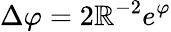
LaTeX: \Delta\varphi=2\mathbb{R}^{-2}e^{\varphi}